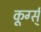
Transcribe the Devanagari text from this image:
कूर्ग्स्